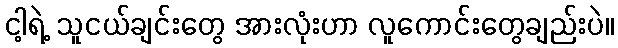
ငါ့ရဲ့ သူငယ်ချင်းတွေ အားလုံးဟာ လူကောင်းတွေချည်းပဲ။